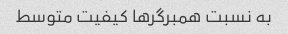
به نسبت همبرگرها کیفیت متوسط